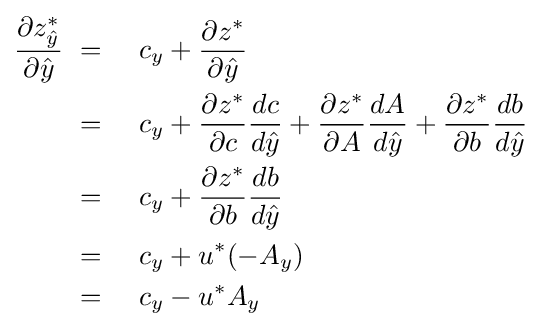
{\begin{aligned}{\frac {\partial z_{\hat {y}}^{*}}{\partial {\hat {y}}}}&~=~&&c_{y}+{\frac {\partial z^{*}}{\partial {\hat {y}}}}\\&~=~&&c_{y}+{\frac {\partial z^{*}}{\partial c}}{\frac {dc}{d{\hat {y}}}}+{\frac {\partial z^{*}}{\partial A}}{\frac {dA}{d{\hat {y}}}}+{\frac {\partial z^{*}}{\partial b}}{\frac {db}{d{\hat {y}}}}\\&~=~&&c_{y}+{\frac {\partial z^{*}}{\partial b}}{\frac {db}{d{\hat {y}}}}\\&~=~&&c_{y}+u^{*}(-A_{y})\\&~=~&&c_{y}-u^{*}A_{y}\end{aligned}}